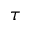
\tau